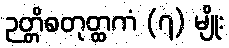
ဉတ္တိစတုတ္ထကံ (၇) မျိုး